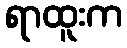
ရာထူးက